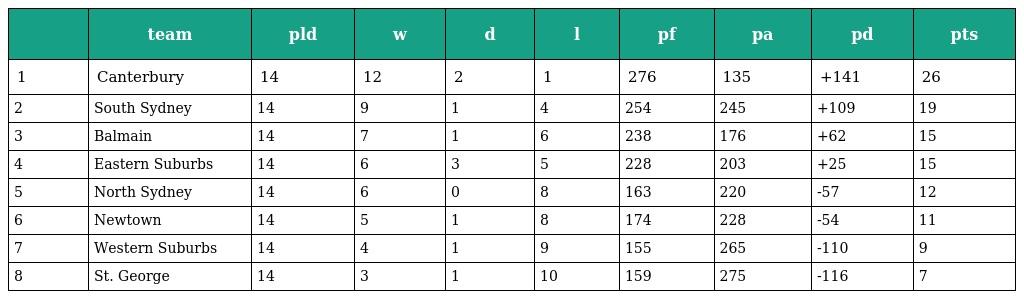
|  | team | pld | w | d | l | pf | pa | pd | pts |
 | --- | --- | --- | --- | --- | --- | --- | --- | --- | --- |
 | 1 | Canterbury | 14 | 12 | 2 | 1 | 276 | 135 | +141 | 26 |
 | 2 | South Sydney | 14 | 9 | 1 | 4 | 254 | 245 | +109 | 19 |
 | 3 | Balmain | 14 | 7 | 1 | 6 | 238 | 176 | +62 | 15 |
 | 4 | Eastern Suburbs | 14 | 6 | 3 | 5 | 228 | 203 | +25 | 15 |
 | 5 | North Sydney | 14 | 6 | 0 | 8 | 163 | 220 | -57 | 12 |
 | 6 | Newtown | 14 | 5 | 1 | 8 | 174 | 228 | -54 | 11 |
 | 7 | Western Suburbs | 14 | 4 | 1 | 9 | 155 | 265 | -110 | 9 |
 | 8 | St. George | 14 | 3 | 1 | 10 | 159 | 275 | -116 | 7 |